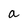
Character: a